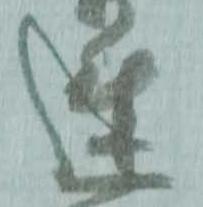
速